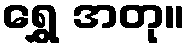
ရွှေ အတု။